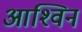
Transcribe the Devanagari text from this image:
आश्‍विन